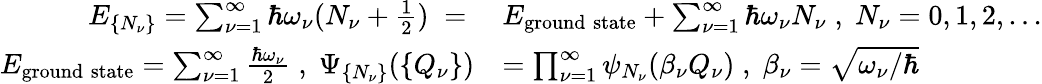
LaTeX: \begin{array}{rl}{E_{\{ N_{\nu}\} }=\sum_{\nu=1}^{\infty}\hbar\omega_{\nu}(N_{\nu}+\frac{1}{2})\; =\; }&{E_{\mathrm{ground\; state}}+\sum_{\nu=1}^{\infty}\hbar\omega_{\nu}N_{\nu}\; ,\; N_{\nu}=0,1,2,...}\\ {E_{\mathrm{ground\; state}}=\sum_{\nu=1}^{\infty}\frac{\hbar\omega_{\nu}}{2}\; ,\; \Psi_{\{ N_{\nu}\} }(\{ Q_{\nu}\} )}&{=\prod_{\nu=1}^{\infty}\psi_{N_{\nu}}(\beta_{\nu}Q_{\nu})\; ,\; \beta_{\nu}=\sqrt{\omega_{\nu}/\hbar}}\end{array}